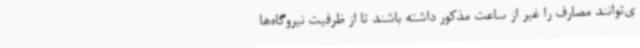
ی‌توانند مصارف را غیر از ساعت مذکور داشته باشند تا از ظرفیت نیروگاه‌ها